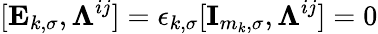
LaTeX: [\mathbf{E}_{k,\sigma},\boldsymbol{\Lambda}^{ij}]=\epsilon_{k,\sigma}[\textbf{I}_{m_{k},\sigma},\boldsymbol{\Lambda}^{ij}]=0